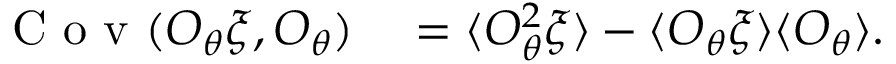
\begin{array} { r l } { \mathrm { ~ C ~ o ~ v ~ } ( O _ { \theta } \xi , O _ { \theta } ) } & { { } = \langle O _ { \theta } ^ { 2 } \xi \rangle - \langle O _ { \theta } \xi \rangle \langle O _ { \theta } \rangle . } \end{array}